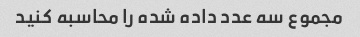
مجموع سه عدد داده شده را محاسبه کنید